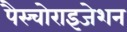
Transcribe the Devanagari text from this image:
पैस्चोराइजेशन